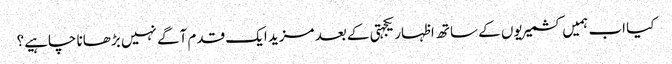
کیا اب ہمیں کشمیریوں کے ساتھ اظہار یکجہتی کے بعد مزید ایک قدم آگے نہیں بڑھانا چاہیے؟